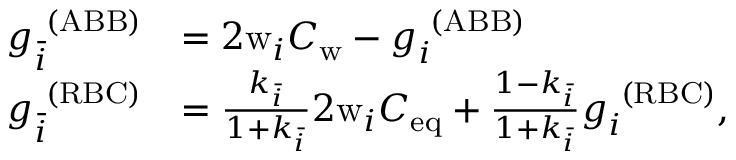
\begin{array} { r l } { g _ { \bar { i } } ^ { \ ( \mathrm { A B B } ) } } & { = 2 \mathrm { w } _ { i } C _ { \mathrm { w } } - g _ { i } ^ { \ ( \mathrm { A B B } ) } } \\ { g _ { \bar { i } } ^ { \ ( \mathrm { R B C } ) } } & { = \frac { k _ { \bar { i } } } { 1 + k _ { \bar { i } } } 2 \mathrm { w } _ { i } C _ { \mathrm { e q } } + \frac { 1 - k _ { \bar { i } } } { 1 + k _ { \bar { i } } } g _ { i } ^ { \ ( \mathrm { R B C } ) } , } \end{array}